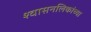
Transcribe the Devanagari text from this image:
श्‍वासनलिकांच्या